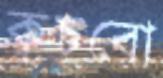
কুচবো